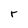
Character: r